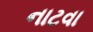
નાટવા